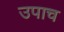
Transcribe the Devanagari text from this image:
उपाच